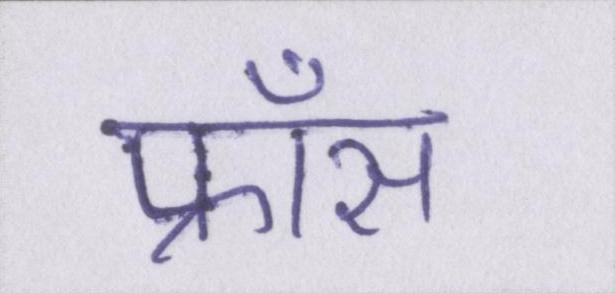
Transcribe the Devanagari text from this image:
फ्राँस